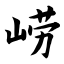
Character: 崂